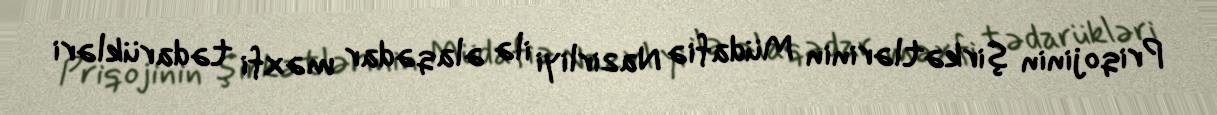
Priqojinin şirkətlərinin Müdafiə Nazirliyi ilə əlaqədar məxfi tədarükləri